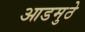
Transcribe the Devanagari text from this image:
आडमुठे